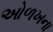
ઓળખના